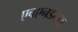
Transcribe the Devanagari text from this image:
एचएनडब्ल्यू